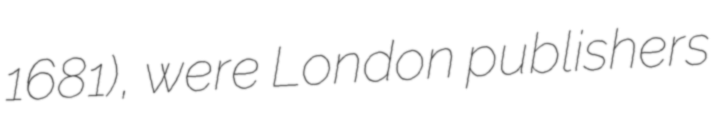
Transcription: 1681), were London publishers